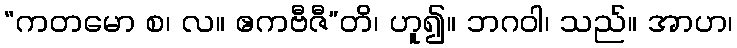
“ကတမော စ၊ လ။ ဧကဗီဇီ”တိ၊ ဟူ၍။ ဘဂဝါ၊ သည်။ အာဟ၊